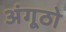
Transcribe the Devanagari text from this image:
अंगूठो